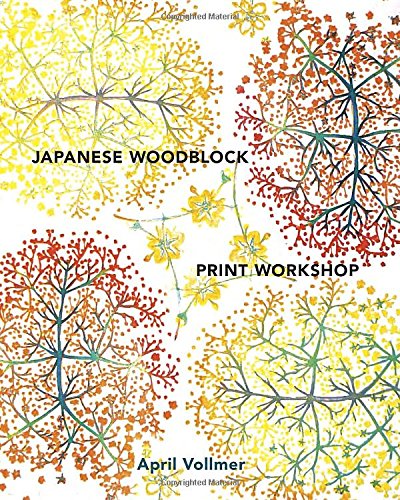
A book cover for Japanese Woodblock Print Workshop: A Modern Guide to the Ancient Art of Mokuhanga; April Vollmer; Arts & Photography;